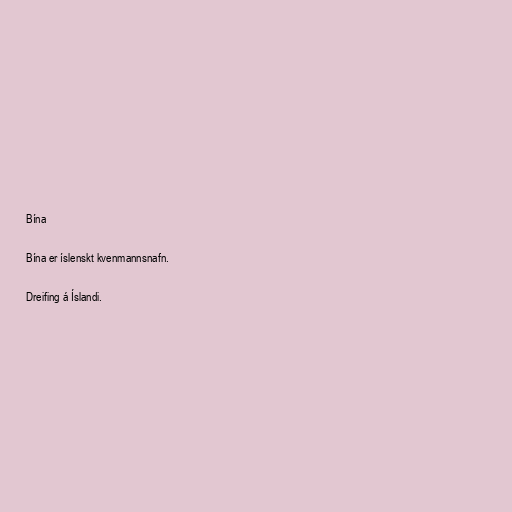
Bína

Bína er íslenskt kvenmannsnafn.

Dreifing á Íslandi.